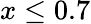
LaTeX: x\leq 0.7